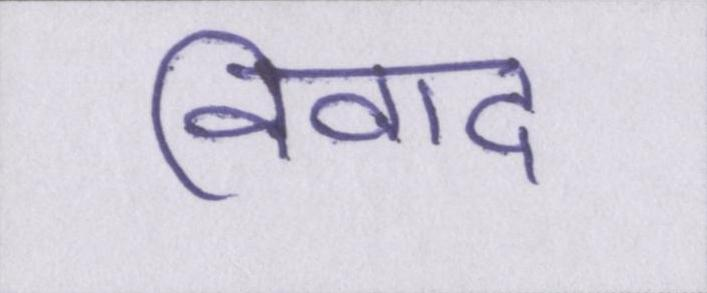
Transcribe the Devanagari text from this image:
विवाद